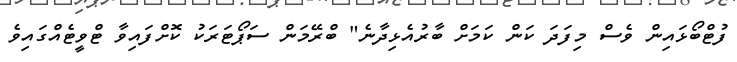
ފުޓްބޯޅައިން ވެސް މިފަދަ ކަން ކަމަށް ބާރުއެޅިދާނެ" ބްރޭމަން ސަޕޯޓަރަކު ކޮށްފައިވާ ޓްވީޓެއްގައިވެ